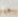
هيا